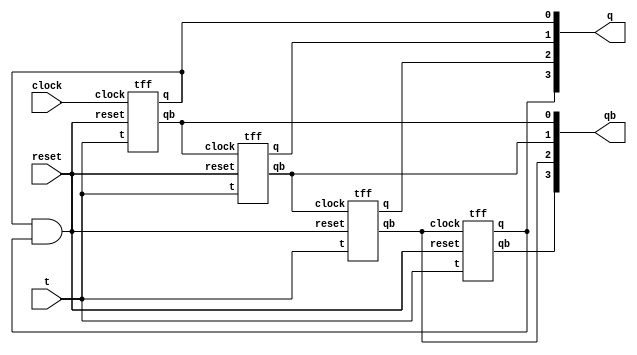
`timescale 1ns / 1ps
//////////////////////////////////////////////////////////////////////////////////
// Company: 
// Engineer: 
// 
// Design Name: 
// Module Name: t_count
// Project Name: 
// Target Devices: 
// Tool Versions: 
// Description: 
// 
// Dependencies: 
// 
// Revision:
// Revision 0.01 - File Created
// Additional Comments:
// 
//////////////////////////////////////////////////////////////////////////////////


module t_count(t,clock,reset,q,qb);
input t,clock, reset;
output [3:0]q,qb;

tff T0(t,clock, reset,q[0],qb[0]);
tff T1(t,qb[0], reset,q[1],qb[1]);
tff T2(t,qb[1], reset,q[2],qb[2]);
tff T3(t,qb[2], reset,q[3],qb[3]);
assign reset = q[0] & q[3];
endmodule


module tff(t,clock,reset,q,qb);
input t,clock,reset;
output reg q,qb;
always@(posedge clock)
begin
case({reset,t})
2'b00 :q=q;
2'b01 :q=~q;
default: q=0;
endcase
qb<=~q;
end
endmodule